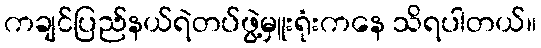
ကချင်ပြည်နယ်ရဲတပ်ဖွဲ့မှူးရုံးကနေ သိရပါတယ်။